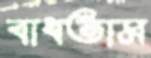
বাধতাম